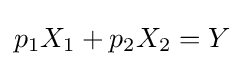
p_{1}X_{1}+p_{2}X_{2}=Y